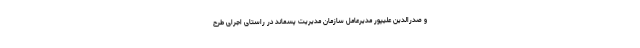
و صدرالدین علیپور مدیرعامل سازمان مدیریت پسماند در راستای اجرای طرح